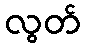
လွတ်